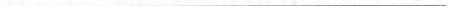
___